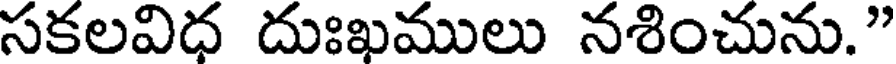
సకలవిధ దుఃఖములు నశించును."